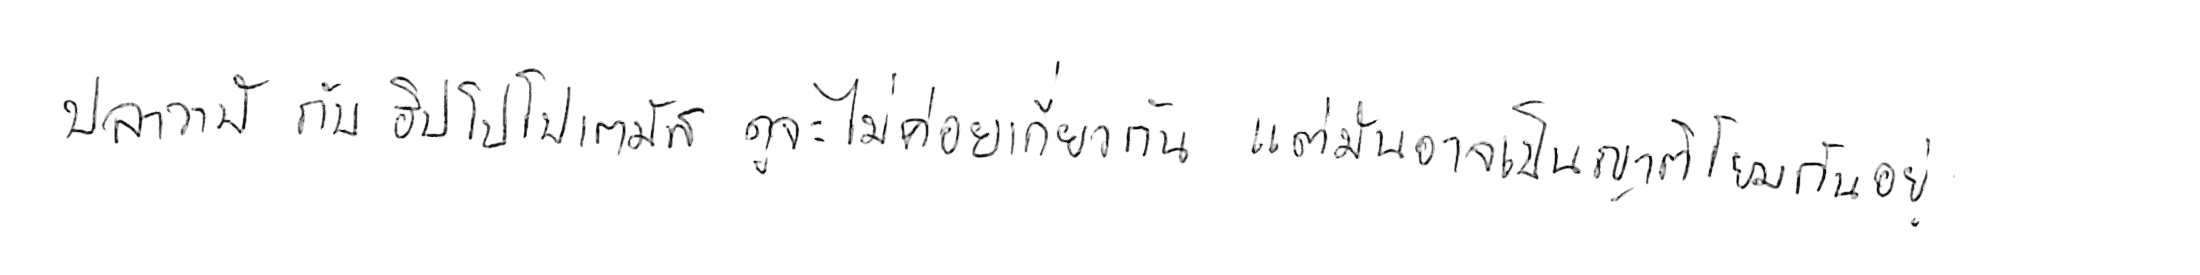
ปลาวาฬ กับ ฮิปโปโปเตมัส ดูจะไม่ค่อยเกี่ยวกัน แต่มันอาจเป็นญาติโยมกันอยู่